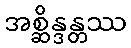
အစ္ဆိန္ဒန္တဿ